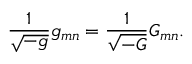
{ \frac { 1 } { \sqrt { - g } } } g _ { m n } = { \frac { 1 } { \sqrt { - G } } } G _ { m n } .